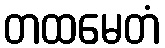
တထမေတံ